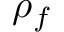
\rho _ { f }